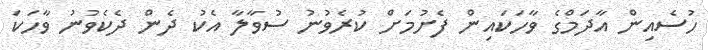
ހުސެއިން އާދަމްގެ ވާހަކައިން ފެށުމަށް ކުރެވުނު ސުވާލާ އެކު ދެން ދެކެވުނު ވާހަކަ